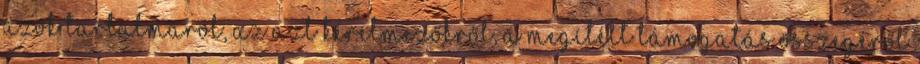
azok tartalmáról, az azt kérelmezőkről, a megítélt támogatás összegéről